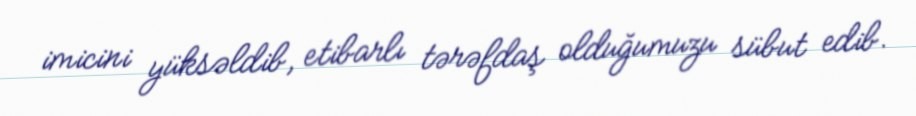
imicini yüksəldib, etibarlı tərəfdaş olduğumuzu sübut edib.